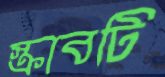
স্ক্রাবটি